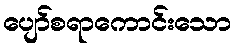
ပျော်စရာကောင်းသော